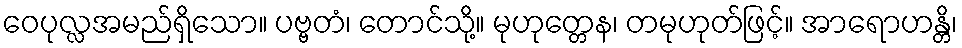
ဝေပုလ္လအမည်ရှိသော။ ပဗ္ဗတံ၊ တောင်သို့။ မုဟုတ္တေန၊ တမုဟုတ်ဖြင့်။ အာရောဟန္တိ၊